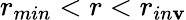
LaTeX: r_{min}<r<r_{in\mathbf{v}}